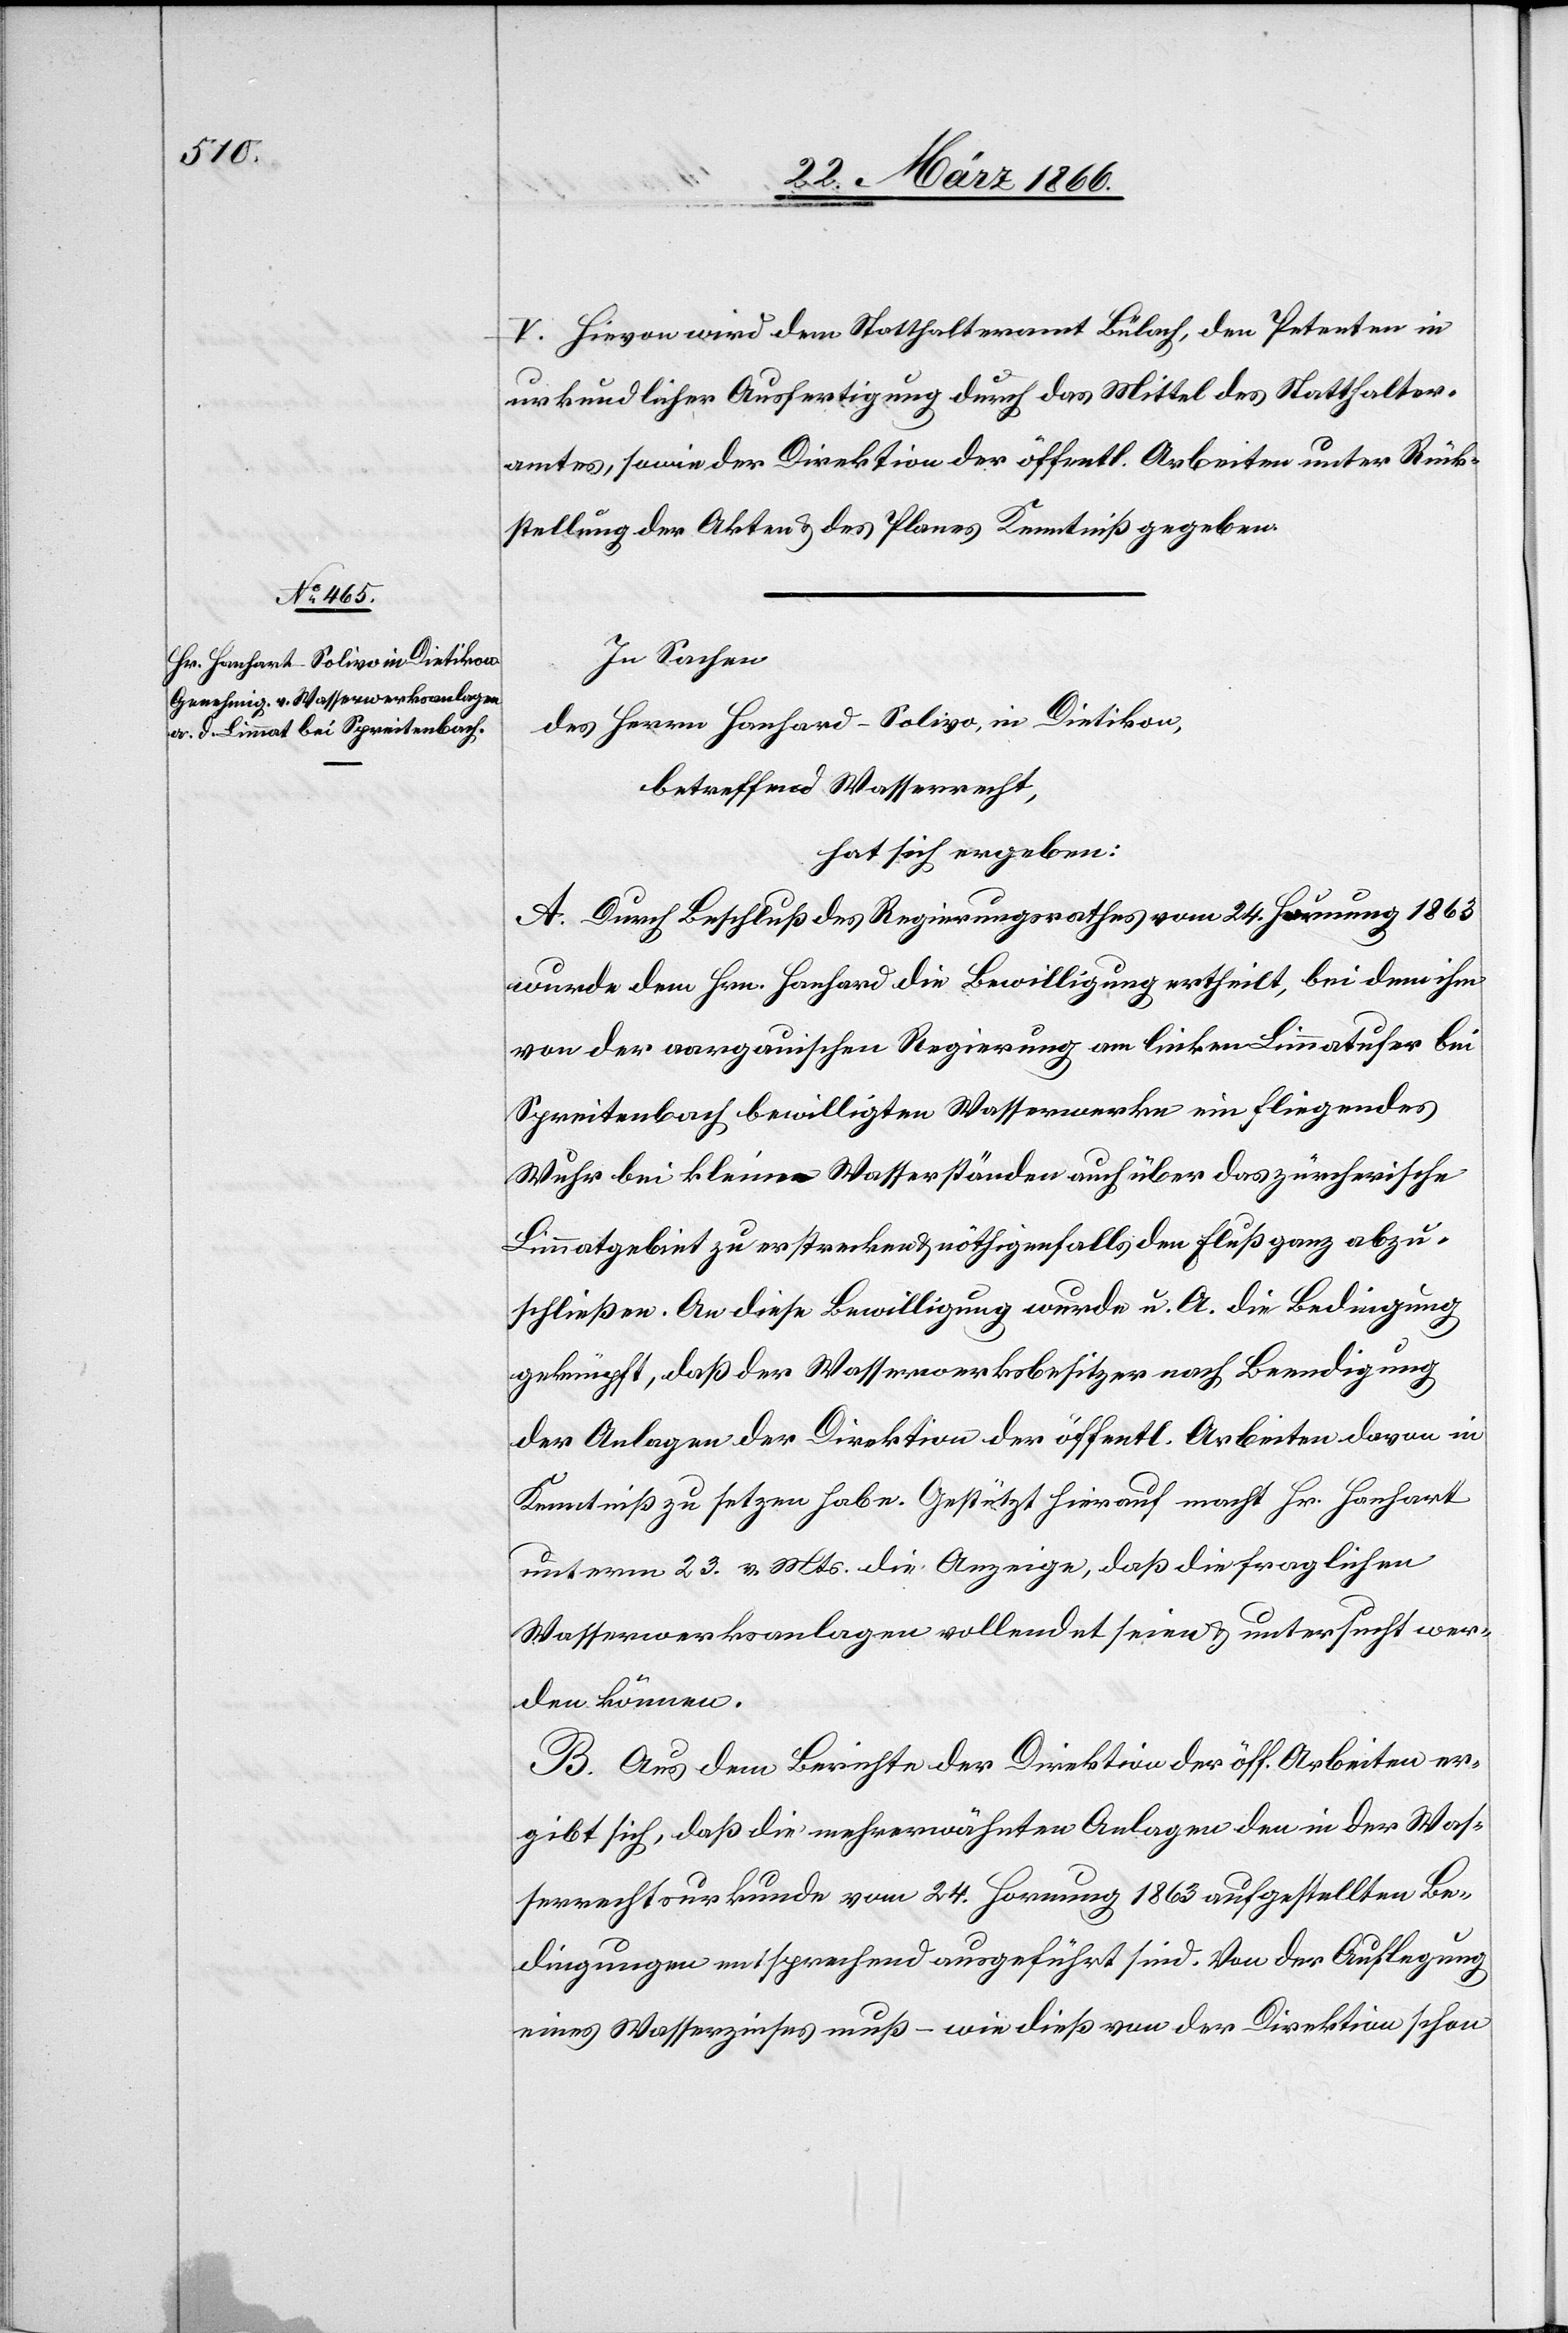
V. Hievon wird dem Statthalteramt Bülach, den Petenten in
urkundlicher Ausfertigung durch das Mittel des Statthalter¬
amtes, sowie der Direktion der öffentl. Arbeiten unter Rück¬
stellung der Akten u. des Planes Kenntniß gegeben.
In Sachen
des Herren Honhard-Solivo, in Dietikon,
betreffend Wasserrecht,
hat sich ergeben:
A. Durch Beschluß des Regierungsrathes vom 24. Hornung 1863
wurde dem Hrn. Hanhard die Bewilligung ertheilt, bei dem ihm
von der aargauischen Regierung am linken Limmatufer bei
Spreitenbach bewilligten Wassermarke ein fliegendes
Wuhr bei kleinen Wasserständen auch über das zürcherische
Limmatgebiet zu erstrecken u. nöthigenfalls den Fluß ganz abzu¬
schließen. An diese Bewilligung wurde u. A. die Bedingung
geknüpft, daß der Wasserwerksbesitzer nach Beendigung
der Anlagen der Direktion der öffentl. Arbeiten davon in
Kenntniß zu setzen habe. Gestützt hierauf macht Hr. Hanhart
unterm 23. v. Mts. die Anzeige, daß die fraglichen
Wasserwerksanlagen vollendet seien u. untersucht wer¬
den können.
B. Aus dem Berichte der Direktion der öff. Arbeiten er¬
gibt sich, daß die mehrerwähnten Anlagen den in der Was¬
serrechtsurkunde vom 24. Hornung 1863 aufgestellten Be¬
dingungen entsprechend ausgeführt sind. Von der Auflegung
eines Wasserzinses muß – wie dieß von der Direktion schon